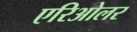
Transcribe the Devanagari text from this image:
एरिओलर